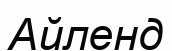
Айленд